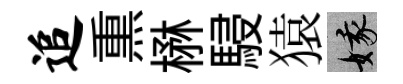
追𤋱楙駸猿娥